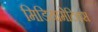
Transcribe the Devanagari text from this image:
मिडियामेटिक्स